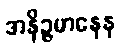
အနိဉ္ဇမာနေန